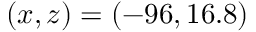
( x , z ) = ( - 9 6 , 1 6 . 8 )